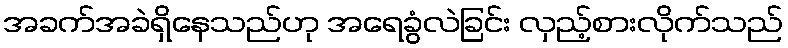
အခက်အခဲရှိနေသည်ဟု အရေခွံလဲခြင်း လှည့်စားလိုက်သည်